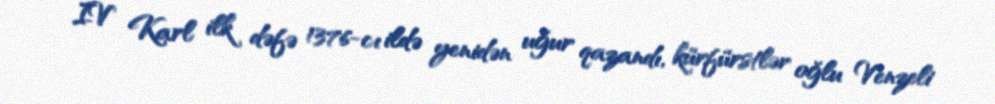
IV Karl ilk dəfə 1376-cı ildə yenidən uğur qazandı, kürfürstlər oğlu Venzeli